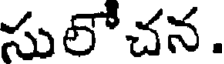
సులోచన.